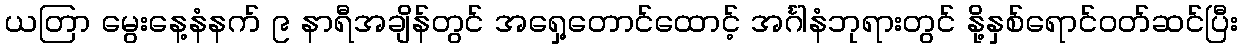
ယတြာ မွေးနေ့နံနက် ၉ နာရီအချိန်တွင် အရှေ့တောင်ထောင့် အင်္ဂါနံဘုရားတွင် နို့နှစ်ရောင်ဝတ်ဆင်ပြီး